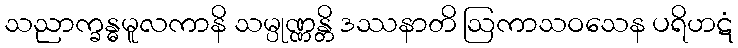
သညာက္ခန္ဓမူလကာနိ သမ္ပုဏ္ဏန္တိ ဒဿနာတိ ဩကာသဝသေန ပရိဟဋံ